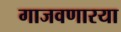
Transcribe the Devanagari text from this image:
गाजवणारया